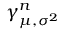
\gamma _ { \mu , \sigma ^ { 2 } } ^ { n }